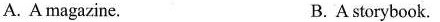
A. A magazine. B. A storybook.